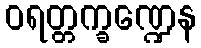
ဝရတ္တက္ခဏ္ဍေန